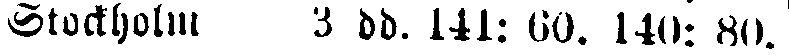
Stockholm 3 dd. 141: 60. 140: 80.